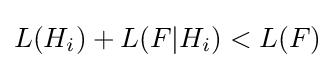
L(H_{i})+L(F|H_{i})<L(F)